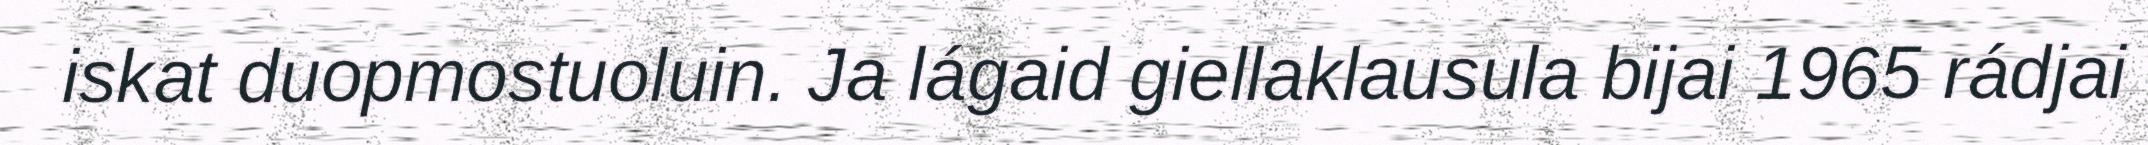
iskat duopmostuoluin. Ja lágaid giellaklausula bijai 1965 rádjai